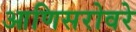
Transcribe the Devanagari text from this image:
आणिसरोवरे